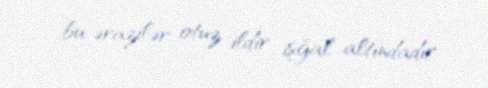
bu ərazilər otuz ildir işğal altındadır.